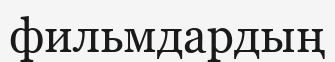
фильмдардың